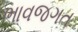
ભાવજગત